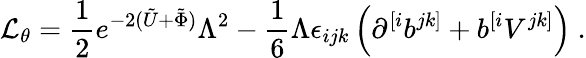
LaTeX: {\cal{L}}_{\theta}={\frac{1}{2}}e^{-2(\tilde{U}+\tilde{\Phi})}\Lambda^{2}-{\frac{1}{6}}\Lambda\epsilon_{ijk}\left(\partial^{[i}b^{jk]}+b^{[i}V^{jk]}\right)\ .